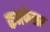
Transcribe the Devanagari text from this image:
कनफेसर